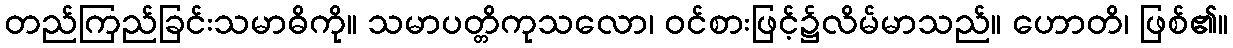
တည်ကြည်ခြင်းသမာဓိကို။ သမာပတ္တိကုသလော၊ ဝင်စားဖြင့်၌လိမ်မာသည်။ ဟောတိ၊ ဖြစ်၏။